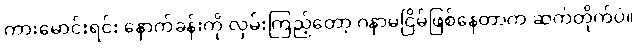
ကားမောင်းရင်း နောက်ခန်းကို လှမ်းကြည့်တော့ ဂနာမငြိမ်ဖြစ်နေတာက ဆက်တိုက်ပဲ။